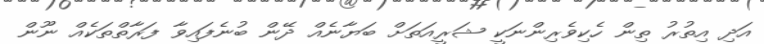
އަދި އިތުރު ތިން ހެކިވެރިންނަކީ ޝަރީއަތަށް ބަޔާނެއް ދޭން ބުނެފައިވާ ފަރާތްތަކެއް ނޫން